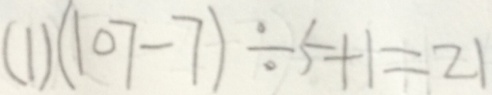
( 1 ) ( 1 0 7 - 7 ) \div 5 + 1 = 2 1